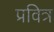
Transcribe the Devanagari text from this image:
प्रवित्र